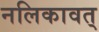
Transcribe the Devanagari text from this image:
नलिकावत्‌